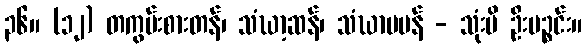
၃၆။ (၁၂) တကွမ်းစားတန်၊ သံဃာ့ဆန်၊ သံဃာမပန် - သုံးမိ ဦးပဉ္စင်း။